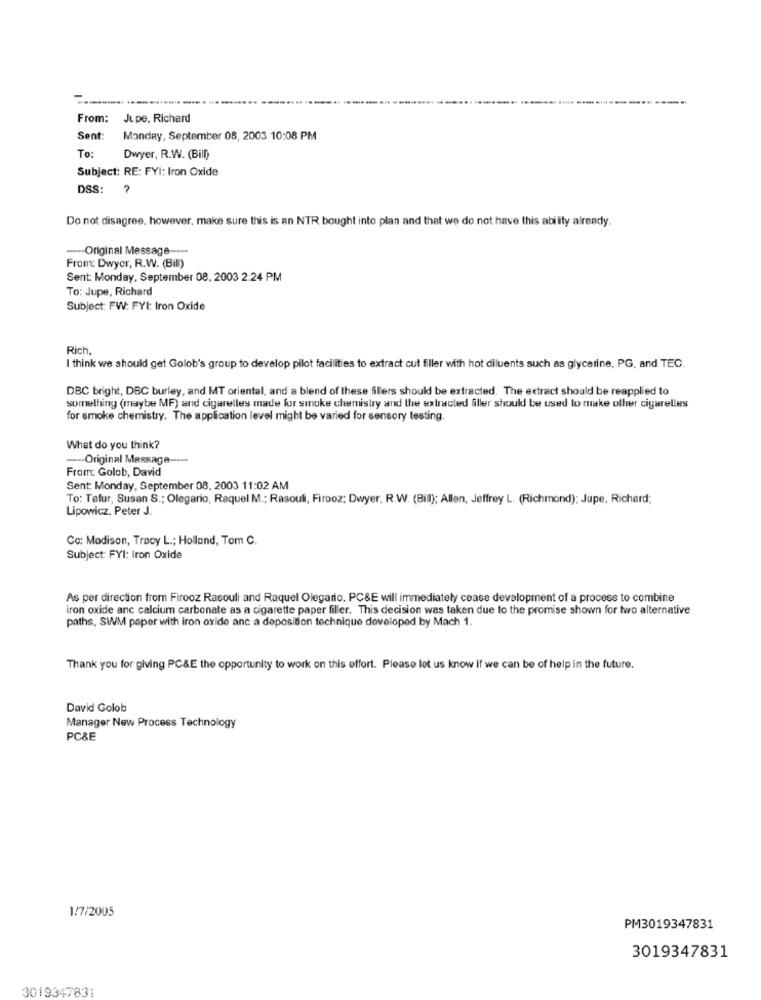
From:
Jupe, Richard
Sent:
Monday, September 08, 2003 10:08 PM
To:
Dwyer, R.W. (Bill)
Subject: RE: FYI: Iron Oxide
DSS:
?
Do not disagree. however. make sure this is an NTR bought into plan and that we do not have this ability already.
--- Original Message --
From: Dwyer, R.W. (Bill)
Sent: Monday, September 08. 2003 2:24 PM
To: Jupe, Richard
Subject: FW: FYI: Iron Oxide
Rich
I think we should get Golob's group to develop pilot facilities to extract cut filler with hot diluents such as glycerine, PG, and TEC.
DBC bright, DBC burley, and MT oriental, and a blend of these fillers should be extracted. The extract should be reapplied to
something (maybe MF) and cigarelles made for smoke chemistry and the extracted filler should be used to make other cigarelles
for smoke chemistry. The application level might be varied for sensory testing
What do you think?
Original Message ----
From: Golob, David
Sent: Monday, September 08, 2003 11:02 AM
To: Tafur, Susan S .; Olegario, Raquel M .; Rasouli, Firooz; Dwyer. R.W. (Bill); Allen, Jeffrey L. (Richmond); Jupe, Richard;
Lipowicz, Peter J.
Cc: Madison, Tracy L .; Holland, Tom C.
Subject: FYI: Iron Oxide
As per direction from Firooz Rasouli and Raquel Olegario. PC&E will immediately cease development of a process to combine
iron oxide anc calcium carbonate as a cigarette paper filler. This decision was taken due to the promise shown for two alternative
paths, SWM paper with iron oxide anc a deposition technique developed by Mach 1.
Thank you for giving PC&E the opportunity to work on this effort. Please let us know if we can be of help in the future.
David Golob
Manager New Process Technology
PC&E
1/7/2005
PM3019347831
3019347831
3019347831